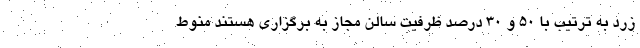
زرد به ترتیب با ۵۰ و ۳۰ درصد ظرفیت سالن مجاز به برگزاری هستند منوط